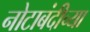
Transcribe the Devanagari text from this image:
नोटाबंदीच्या